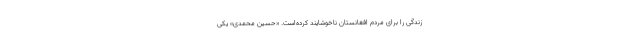
زندگی را برای مردم افغانستان ناخوشایند کرده‌است. «حسین محمدی» یکی